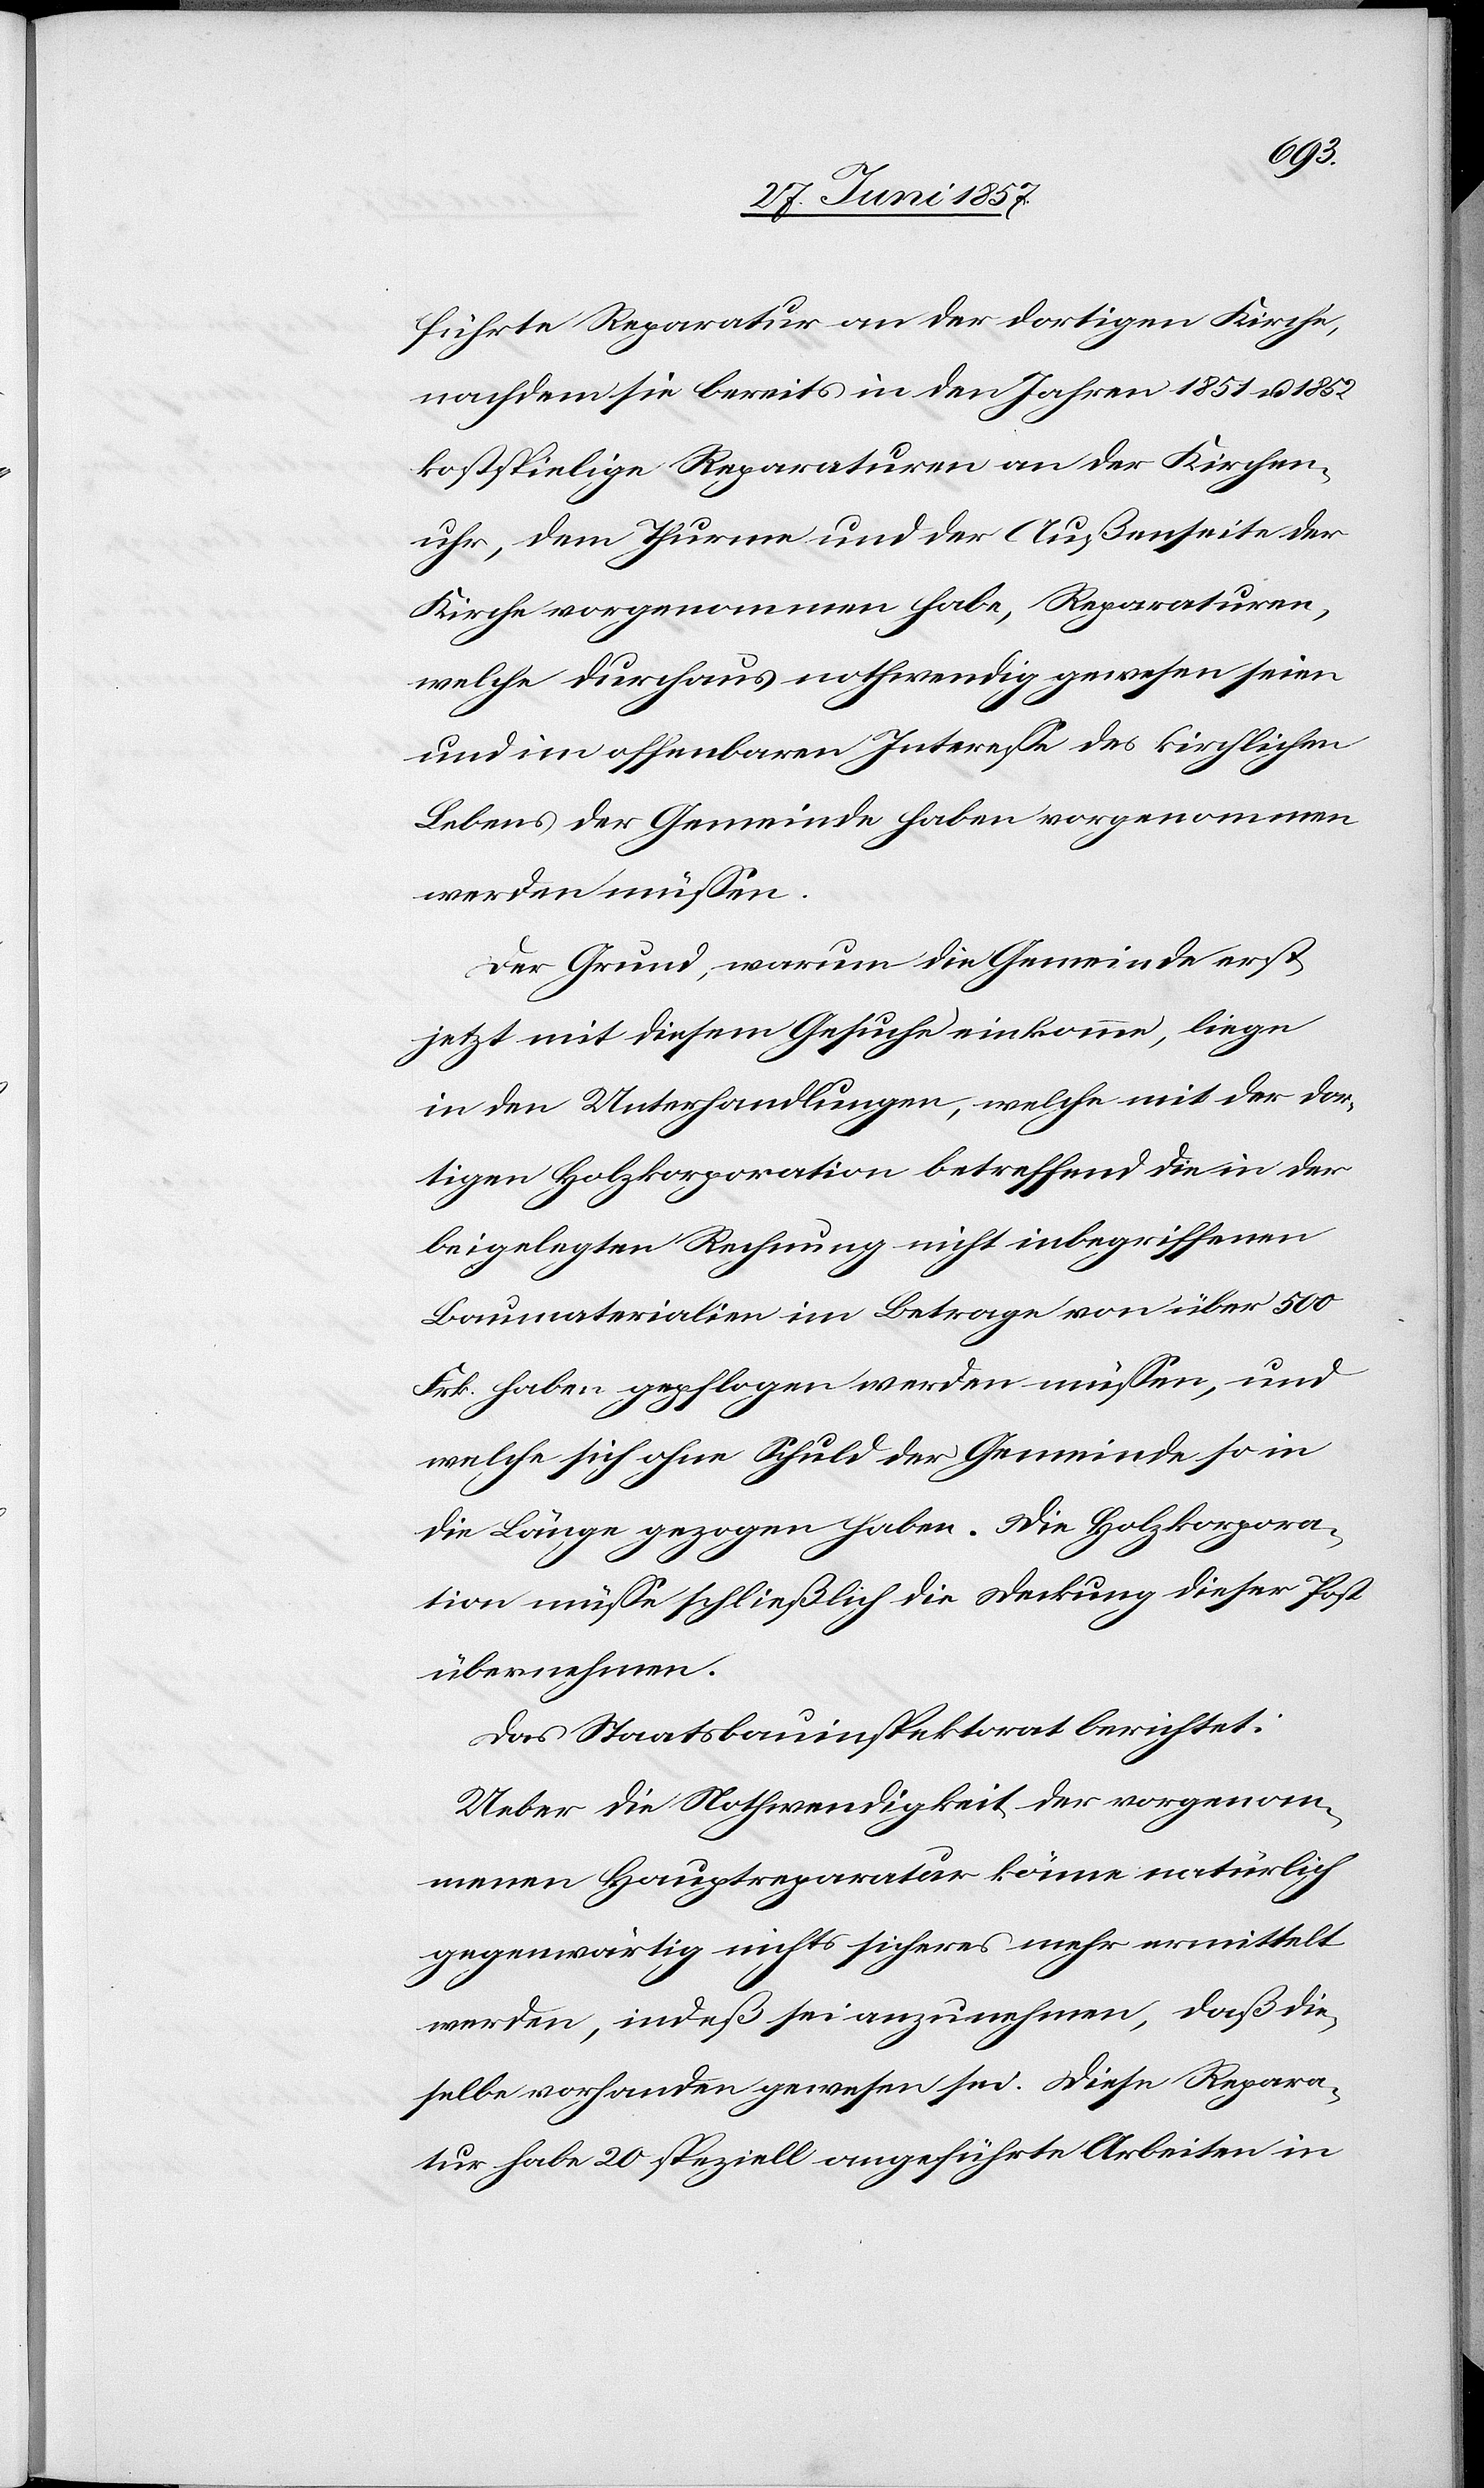
führte Reparatur an der dortigen Kirche,
nachdem sie bereits in den Jahren 1851 & 1852
kostspielige Reparaturen an der Kirchen¬
uhr, dem Thurme und der Außenseite der
Kirche vorgenommen habe, Reparaturen,
welche durchaus nothwendig gewesen seien
und im offenbaren Interesse des kirchlichen
Lebens der Gemeinde haben vorgenommen
werden müssen.
Der Grund, warum die Gemeinde erst
jetzt mit diesem Gesuche einkomme, liege
in den Unterhandlungen, welche mit der dor¬
tigen Holzkorporation betreffend die in der
beigelegten Rechnung nicht inbegriffenen
Baumaterialien im Betrage von über 500
Frk. haben gepflogen werden müssen, und
welche sich ohne Schuld der Gemeinde so in
die Länge gezogen haben. Die Holzkorpora¬
tion müsse schließlich die Deckung dieser Post
übernehmen.
Das Staatsbauinspektorat berichtet:
Ueber die Nothwendigkeit der vorgenom¬
menen Hauptreparatur könne natürlich
gegenwärtig nichts sicheres mehr vermittelt
werden, indeß sei anzunehmen, daß die¬
selbe vorhanden gewesen sei. Diese Repara¬
tur habe 20 speziell angeführte Arbeiten in